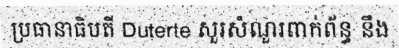
ប្រធានាធិបតី Duterte សួរសំណួរពាក់ព័ន្ធ នឹង